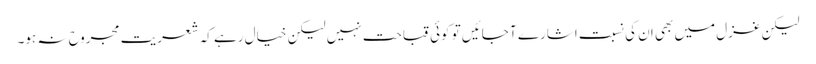
لیکن غزل میں بھی ان کی نسبت اشارے آ جائیں تو کوئی قباحت نہیں لیکن خیال رہے کہ شعریت مجروح نہ ہو۔